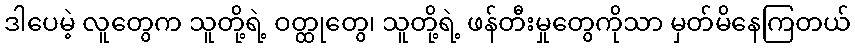
ဒါပေမဲ့ လူတွေက သူတို့ရဲ့ ဝတ္ထုတွေ၊ သူတို့ရဲ့ ဖန်တီးမှုတွေကိုသာ မှတ်မိနေကြတယ်